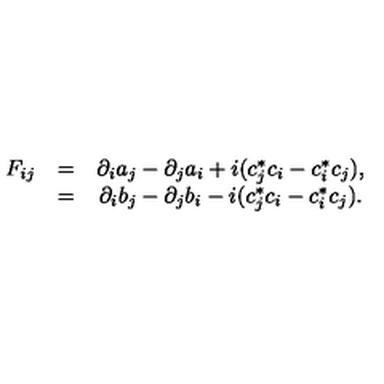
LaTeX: \begin{array} { c c c } { F _ { i j } } & { = } & { \partial _ { i } a _ { j } - \partial _ { j } a _ { i } + i ( c _ { j } ^ { * } c _ { i } - c _ { i } ^ { * } c _ { j } ) , } \\ { } & { = } & { \partial _ { i } b _ { j } - \partial _ { j } b _ { i } - i ( c _ { j } ^ { * } c _ { i } - c _ { i } ^ { * } c _ { j } ) . } \\ \end{array}